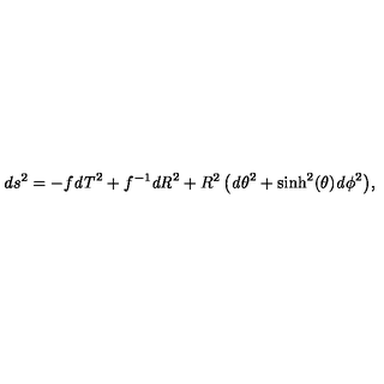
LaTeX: d s ^ { 2 } = { \displaystyle - f { \it d T } ^ { 2 } + f ^ { - 1 } { \it d R } ^ { 2 } + R ^ { 2 } \left( { \it d \theta } ^ { 2 } + \sinh ^ { 2 } ( \theta ) { \it d \phi } ^ { 2 } \right) } ,